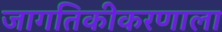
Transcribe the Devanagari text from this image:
जागतिकीकरणाला